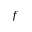
f